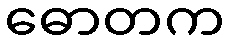
ဓောတက